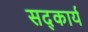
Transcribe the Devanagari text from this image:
सद्कार्य